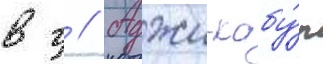
в г // Аджи-кабу́л